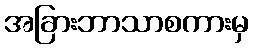
အခြားဘာသာစကားမှ